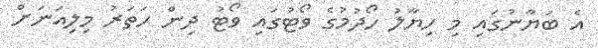
އެ ބަޔާނުގައި މި ހިޔާލު ހޯދުމުގެ ވޯޓުގައި ވޯޓު ދިން ހަތަރު މިލިއަނަށް